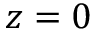
z = 0